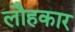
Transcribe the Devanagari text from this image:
लौहकार